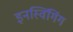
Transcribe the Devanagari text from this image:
इनस्विंगिंग